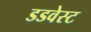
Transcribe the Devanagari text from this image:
डडवेस्ट